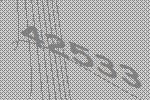
42533